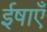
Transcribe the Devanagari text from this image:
ईषाएँ